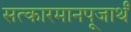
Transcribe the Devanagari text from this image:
सत्कारमानपूजार्थं